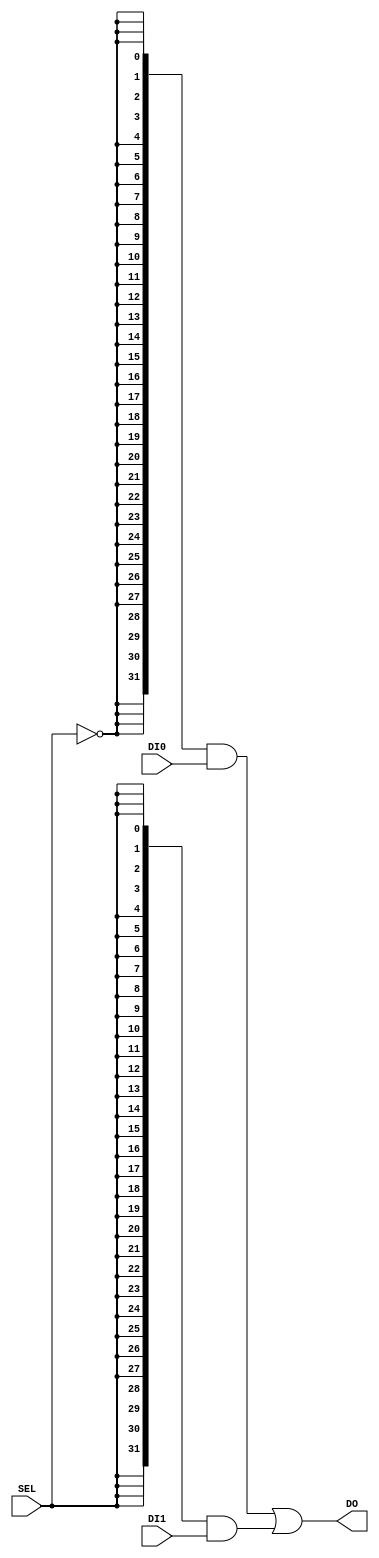
module MUX2to1 #(parameter BITWIDTH = 32) (	// BITWIDTH? 32? ?? 
   input wire [BITWIDTH-1:0] DI0,
   input wire [BITWIDTH-1:0] DI1,
   input wire SEL,
   output wire [BITWIDTH-1:0] DO
); // ???? DI0, DI1? ???? SEL, ?? DO?? ??
assign DO = ({ BITWIDTH {~SEL}} & DI0) |({ BITWIDTH {SEL}} & DI1); // ????? ???? ???? ? ?? ???DO ??
endmodule